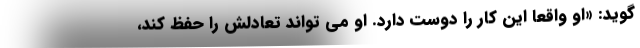
گوید: «او واقعاً این کار را دوست دارد. او می تواند تعادلش را حفظ کند،